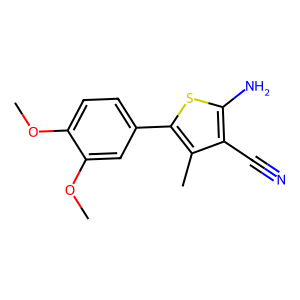
SMILES: COc1ccc(-c2sc(N)c(C#N)c2C)cc1OC
Inhibits HIV replication: No